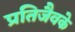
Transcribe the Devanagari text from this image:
प्रतिजैवके